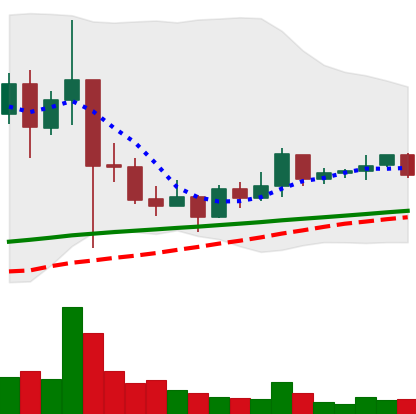
Ticker: XRP-USD
Chart end date: 2021-03-10
Forward return: -5.53%
Label: down_5_7